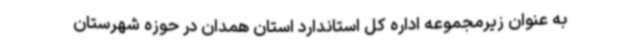
به عنوان زیرمجموعه اداره کل استاندارد استان همدان در حوزه شهرستان